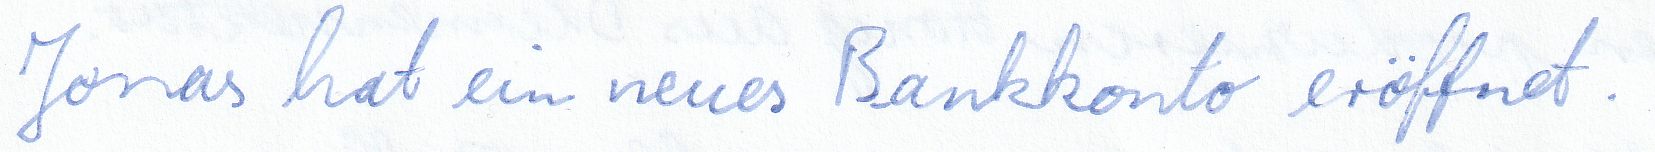
Jonas hat ein neues Bankkonto eröffnet.